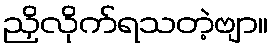
ညှိလိုက်ရသတဲ့ဗျာ။